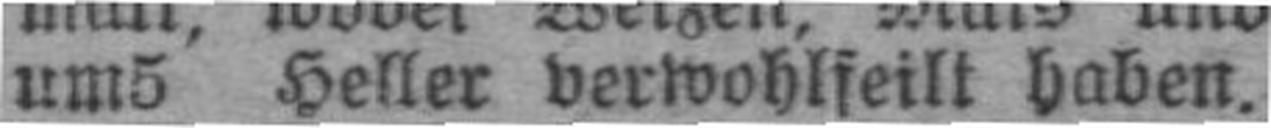
um5 Heller verwohlfeilt haben.